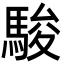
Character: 駿